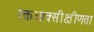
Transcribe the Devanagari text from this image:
रक्तआक्सीक्षीणता